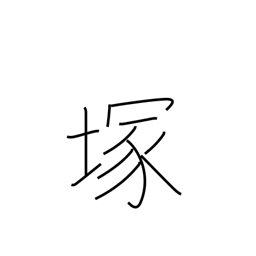
Meaning: mound